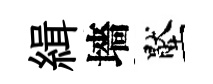
緝墻壓